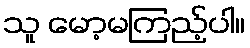
သူ မော့မကြည့်ပါ။